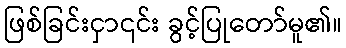
ဖြစ်ခြင်းငှာ၎င်း ခွင့်ပြုတော်မူ၏။